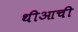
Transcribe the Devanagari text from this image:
थीआची